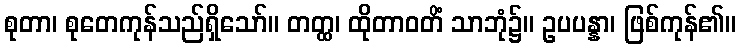
စုတာ၊ စုတေကုန်သည်ရှိသော်။ တတ္ထ၊ ထိုတာဝတိံ သာဘုံ၌။ ဥပပန္နာ၊ ဖြစ်ကုန်၏။